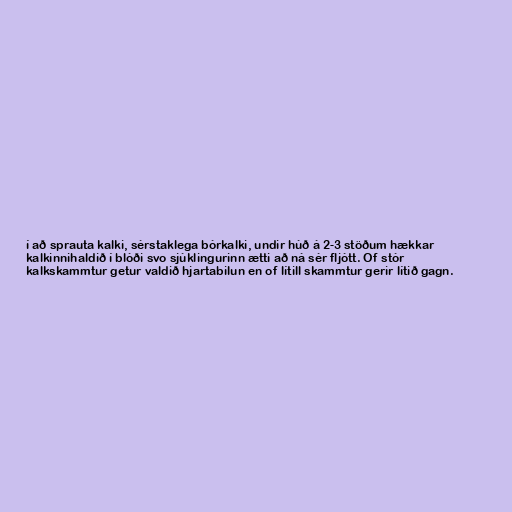
í að sprauta kalki, sérstaklega bórkalki, undir húð á 2-3 stöðum hækkar
kalkinnihaldið í blóði svo sjúklingurinn ætti að ná sér fljótt. Of stór
kalkskammtur getur valdið hjartabilun en of lítill skammtur gerir lítið gagn.